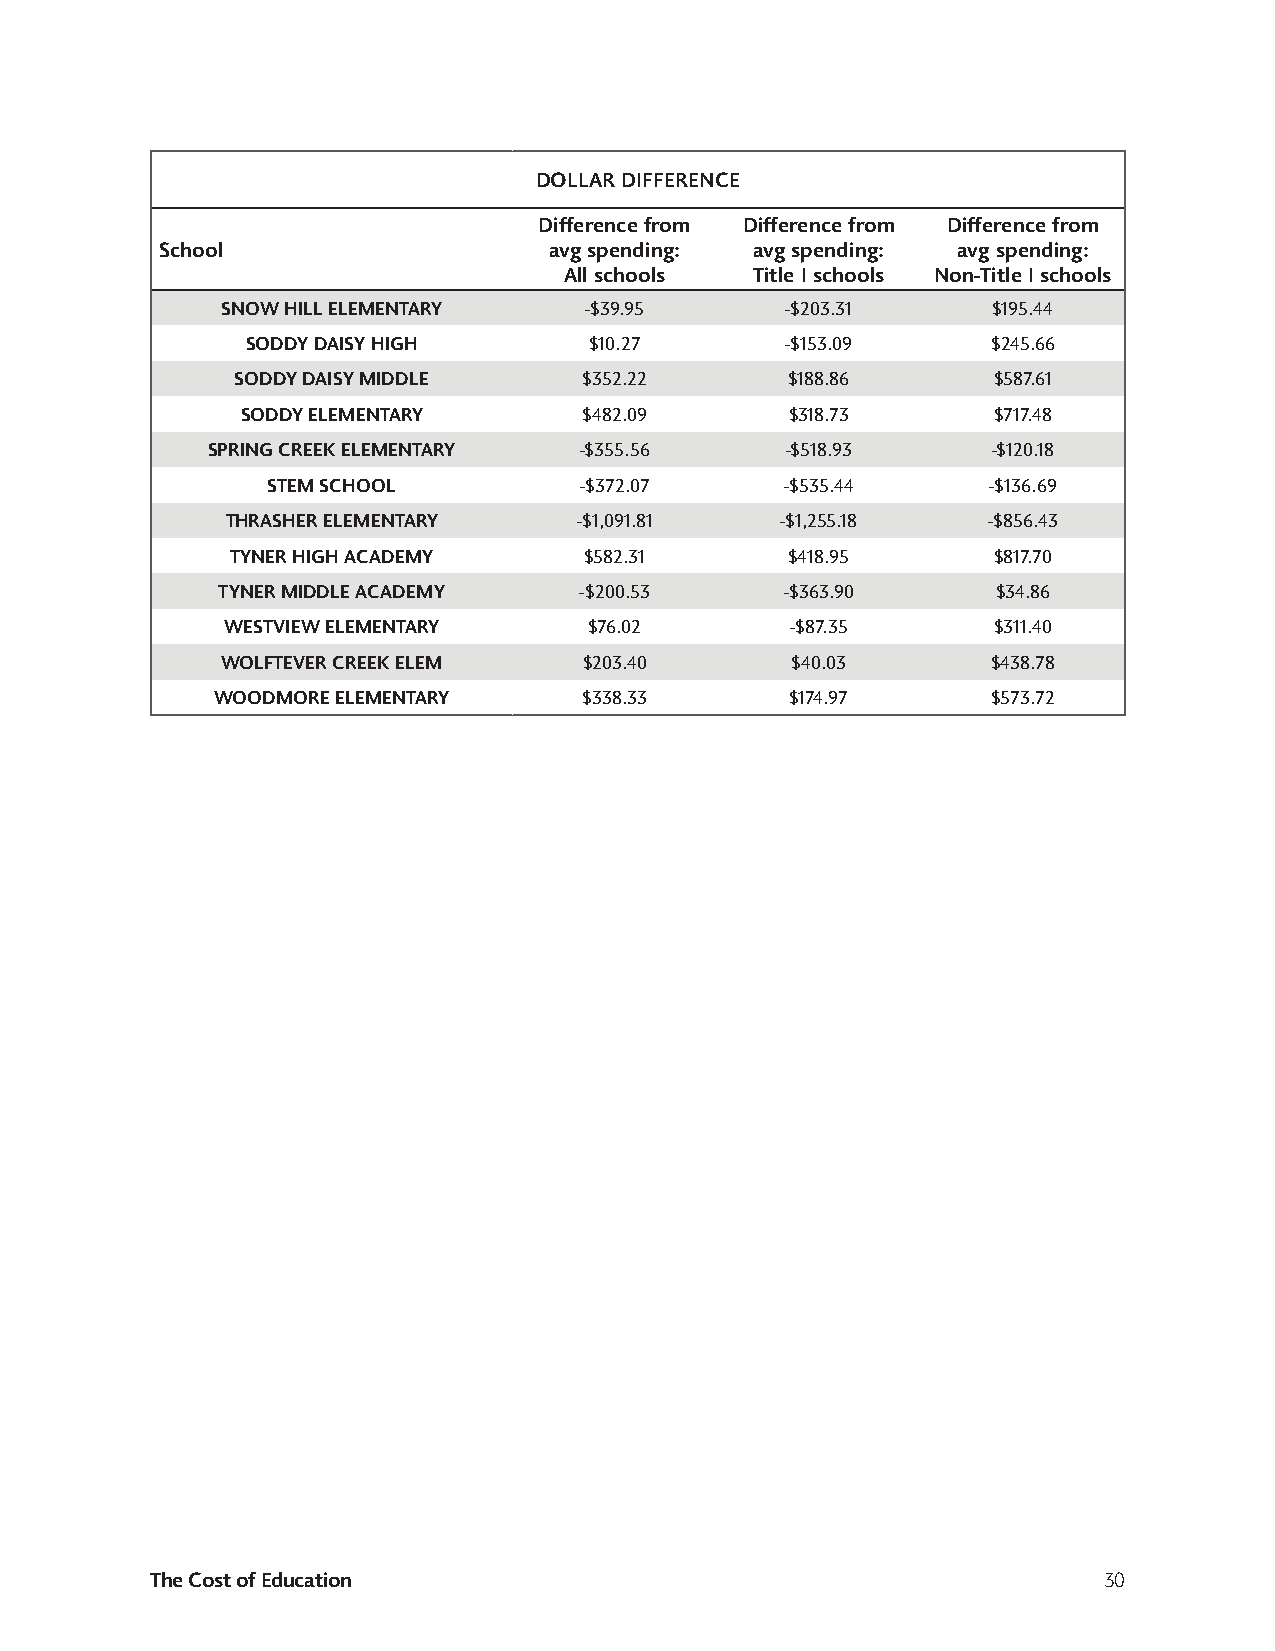
DOLLAR DIFFERENCE
 Difference from Difference from Difference from
 School                   avg spending: avg spending: avg spending:
 All schools  Title I schools Non-Title I schools
 SNOW HILL ELEMENTARY    -$39.95      -$203.31      $195.44
 SODDY DAISY HIGH       $10.27       -$153.09      $245.66
 SODDY DAISY MIDDLE     $352.22      $188.86       $587.61
 SODDY ELEMENTARY       $482.09      $318.73       $717.48
 SPRING CREEK ELEMENTARY -$355.56      -$518.93      -$120.18
 STEM SCHOOL         -$372.07      -$535.44     -$136.69
 THRASHER ELEMENTARY    -$1,091.81    -$1,255.18   -$856.43
 TYNER HIGH ACADEMY      $582.31      $418.95       $817.70
 TYNER MIDDLE ACADEMY    -$200.53      -$363.90      $34.86
 WESTVIEW ELEMENTARY     $76.02       -$87.35       $311.40
 WOLFTEVER CREEK ELEM    $203.40      $40.03        $438.78
 WOODMORE ELEMENTARY      $338.33      $174.97       $573.72
 The Cost of Education                                          30